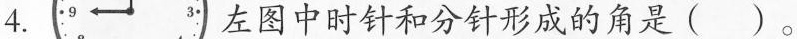
4.左图中时针和分针形成的角是( )。